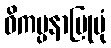
ဝိကပ္ပနာပြုပုံ